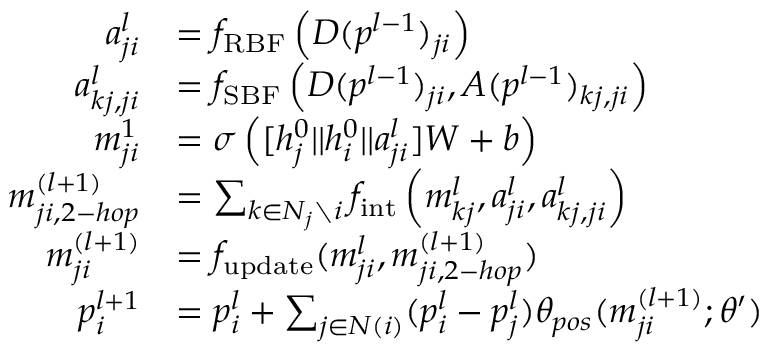
\begin{array} { r l } { a _ { j i } ^ { l } } & { = f _ { \mathrm { R B F } } \left( D ( p ^ { l - 1 } ) _ { j i } \right) } \\ { a _ { k j , j i } ^ { l } } & { = f _ { \mathrm { S B F } } \left( D ( p ^ { l - 1 } ) _ { j i } , A ( p ^ { l - 1 } ) _ { k j , j i } \right) } \\ { m _ { j i } ^ { 1 } } & { = \sigma \left( [ h _ { j } ^ { 0 } | | h _ { i } ^ { 0 } | | a _ { j i } ^ { l } ] W + b \right) } \\ { m _ { j i , 2 - h o p } ^ { ( l + 1 ) } } & { = \sum _ { k \in N _ { j } \setminus { i } } f _ { \mathrm { i n t } } \left( m _ { k j } ^ { l } , a _ { j i } ^ { l } , a _ { k j , j i } ^ { l } \right) } \\ { m _ { j i } ^ { ( l + 1 ) } } & { = f _ { \mathrm { u p d a t e } } ( m _ { j i } ^ { l } , m _ { j i , 2 - h o p } ^ { ( l + 1 ) } ) } \\ { p _ { i } ^ { l + 1 } } & { = p _ { i } ^ { l } + \sum _ { j \in N ( i ) } ( p _ { i } ^ { l } - p _ { j } ^ { l } ) \theta _ { p o s } ( m _ { j i } ^ { ( l + 1 ) } ; \theta ^ { \prime } ) } \end{array}